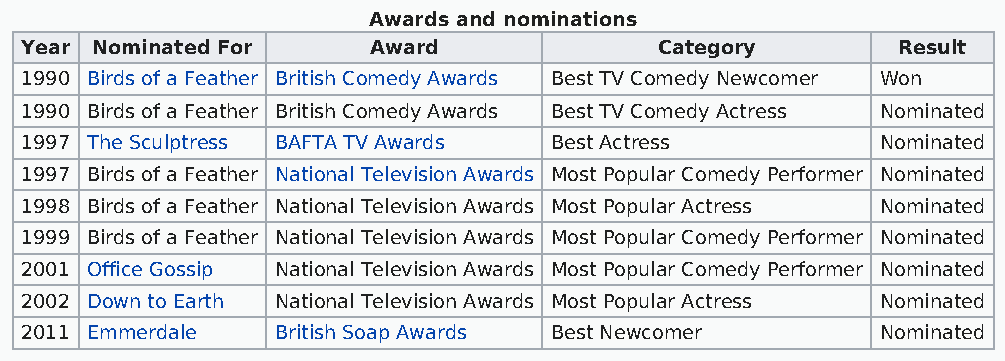
Awards and nominations
 Year Nominated For     Award               Category       Result
 1990 Birds of a Feather British Comedy Awards Best TV Comedy Newcomer Won
 1990 Birds of a Feather British Comedy Awards Best TV Comedy Actress Nominated
 1997 The Sculptress BAFTA TV Awards Best Actress         Nominated
 1997 Birds of a Feather National Television Awards Most Popular Comedy Performer Nominated
 1998 Birds of a Feather National Television Awards Most Popular Actress Nominated
 1999 Birds of a Feather National Television Awards Most Popular Comedy Performer Nominated
 2001 Office Gossip National Television Awards Most Popular Comedy Performer Nominated
 2002 Down to Earth National Television Awards Most Popular Actress Nominated
 2011 Emmerdale   British Soap Awards Best Newcomer       Nominated